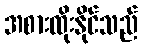
အစားထိုးနိုင်သည်